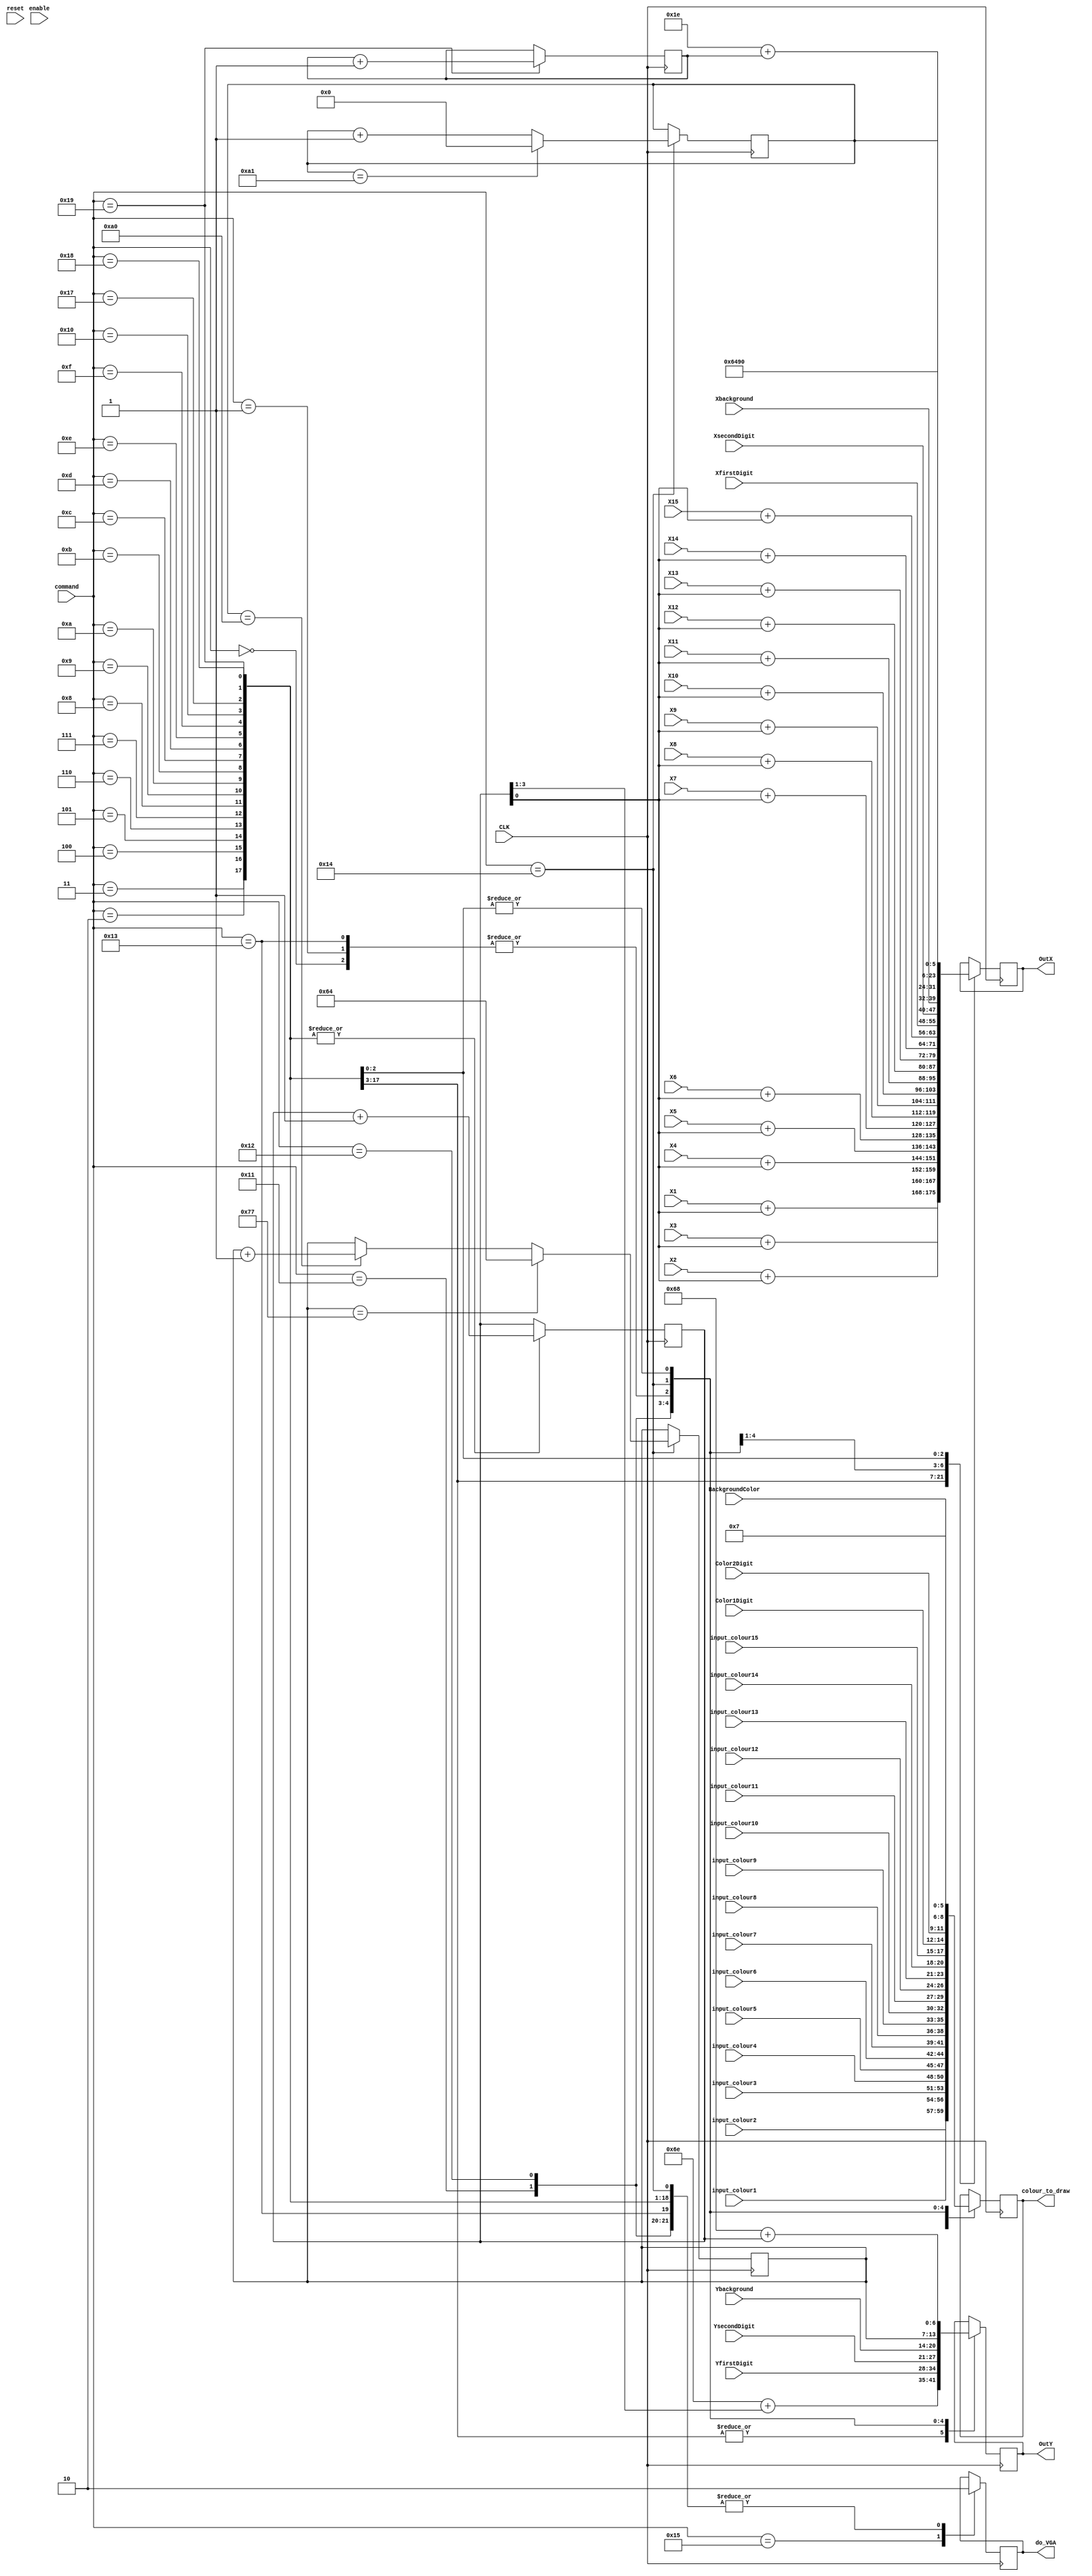

module Processor(X1,X2,X3,X4,X5,X6,X7,X8,X9,X10,X11,X12,X13,X14,X15,XfirstDigit,XsecondDigit,YfirstDigit,YsecondDigit,Color1Digit,Color2Digit,
             Xbackground,Ybackground,BackgroundColor,
             CLK,command,OutX,OutY,				 
				 input_colour1, input_colour2, input_colour3, input_colour4, input_colour5, input_colour6, input_colour7, input_colour8,
				 input_colour9, input_colour10, input_colour11, input_colour12, input_colour13, input_colour14, input_colour15,				 
				 colour_to_draw,reset,enable,do_VGA);

//----------------------------------------------------------------------------------//
	input [7:0]X1,X2,X3,X4,X5,X6,X7,X8;
	input [7:0]X9,X10,X11,X12,X13,X14,X15;
	input [7:0]XfirstDigit,XsecondDigit,Xbackground;
	input [6:0]YfirstDigit,YsecondDigit,Ybackground;
//------------------------------------------------------------------------------------//
				
	input CLK,reset,enable;
//------------------------------------------------------------------------------------//
	input [2:0]input_colour1, input_colour2, input_colour3, input_colour4, input_colour5, input_colour6, input_colour7, input_colour8;
	input [2:0]input_colour9, input_colour10, input_colour11, input_colour12, input_colour13, input_colour14, input_colour15;
	input [2:0]Color1Digit,BackgroundColor,Color2Digit;
	input [4:0]command;
//------------------------------------------------------------------------------------//
	output reg [7:0]OutX;
	output reg [6:0]OutY;
	output reg [2:0]colour_to_draw;
	output reg do_VGA;
//------------------------------------------------------------------------------------//
	reg [3:0]counter;
	reg twoBitCounter;
	reg ifclear;
	reg [7:0]tempX;
	reg [6:0]tempY;
//------------------------------------------------------------------------------------//

	always@(posedge CLK) //50MHZ//


	begin
	case(command[4:0])  

	   5'b00000:
			begin
		      do_VGA=0;
			   colour_to_draw<=BackgroundColor;
				OutX<=Xbackground;
				OutY<=Ybackground;
		   end
		
		5'b00001:
			begin
            do_VGA=0;
			   colour_to_draw<=BackgroundColor;
				OutX<=Xbackground;
				OutY<=Ybackground;
			end
       
	
		5'b00010:
			begin
			   do_VGA=0;
				colour_to_draw<=input_colour1;     
				OutX<=X1+counter[0];
				OutY<=7'b1101110+counter[3:1];
				counter<=counter+1;          
			end


		5'b00011:
			begin
			   do_VGA=0;
				colour_to_draw<=input_colour2;     
				OutX<=X2+counter[0];
				OutY<=7'b1101110+counter[3:1];
				counter<=counter+1;          
			end

		5'b00100:
			begin
			   do_VGA=0;
				colour_to_draw<=input_colour3;     
				OutX<=X3+counter[0];
				OutY<=7'b1101110+counter[3:1];
				counter<=counter+1;          
			end

		5'b00101:
			begin
			   do_VGA=0;
				colour_to_draw<=input_colour4;     
				OutX<=X4+counter[0];
				OutY<=7'b1101110+counter[3:1];
				counter<=counter+1;          
			end

		5'b00110:
			begin
			   do_VGA=0;
				colour_to_draw<=input_colour5;     
				OutX<=X5+counter[0];
				OutY<=7'b1101110+counter[3:1];
				counter<=counter+1;          
			end

		5'b00111:
			begin
			   do_VGA=0;
				colour_to_draw<=input_colour6;     
				OutX<=X6+counter[0];
				OutY<=7'b1101110+counter[3:1];
				counter<=counter+1;          
			end

		5'b01000:
			begin
			   do_VGA=0;
				colour_to_draw<=input_colour7;     
				OutX<=X7+counter[0];
				OutY<=7'b1101110+counter[3:1];
				counter<=counter+1;          
			end

		5'b01001:
			begin
			   do_VGA=0;
				colour_to_draw<=input_colour8;     
				OutX<=X8+counter[0];
				OutY<=7'b1101110+counter[3:1];
				counter<=counter+1;          
			end

		5'b01010:
			begin
			   do_VGA=0;
				colour_to_draw<=input_colour9;     
				OutX<=X9+counter[0];
				OutY<=7'b1101110+counter[3:1];
				counter<=counter+1;          
			end

		5'b01011:
			begin
			   do_VGA=0;
				colour_to_draw<=input_colour10;     
				OutX<=X10+counter[0];
				OutY<=7'b1101110+counter[3:1];
				counter<=counter+1;          
			end

		5'b01100:
			begin
			   do_VGA=0;
				colour_to_draw<=input_colour11;     
				OutX<=X11+counter[0];
				OutY<=7'b1101110+counter[3:1];
				counter<=counter+1;          
			end


		5'b01101:
			begin
			   do_VGA=0;
				colour_to_draw<=input_colour12;     
				OutX<=X12+counter[0];
				OutY<=7'b1101110+counter[3:1];
				counter<=counter+1;          
			end

		5'b01110:
			begin
			   do_VGA=0;
				colour_to_draw<=input_colour13;     
				OutX<=X13+counter[0];
				OutY<=7'b1101110+counter[3:1];
				counter<=counter+1;          
			end

		5'b01111:
			begin
			   do_VGA=0;
				colour_to_draw<=input_colour14;     
				OutX<=X14+counter[0];
				OutY<=7'b1101110+counter[3:1];
				counter<=counter+1;          
			end

		5'b10000:
			begin
			   do_VGA=0;
				colour_to_draw<=input_colour15;     
				OutX<=X15+counter[0];
				OutY<=7'b1101110+counter[3:1];
				counter<=counter+1;          
			end
			
	   5'b10001:
		   begin
			   do_VGA=0;
			   colour_to_draw<=Color1Digit;
				OutX<=XfirstDigit;
				OutY<=YfirstDigit;				
			end
		
		 5'b10010:
		   begin
			   do_VGA=0;
			   colour_to_draw<=Color2Digit;
				OutX<=XsecondDigit;
				OutY<=YsecondDigit;				
			end
		
			
		5'b10011:
		   begin
			   do_VGA=0;
			   colour_to_draw<=BackgroundColor;
				OutX<=Xbackground;
				OutY<=Ybackground;				
			end
		5'b10100:
		
		   begin
			   do_VGA=0;
				colour_to_draw<=3'b000;
				OutX<=tempX;
				OutY<=tempY;
				if(tempX == 8'b10100001)
					tempX <= 0;
				else
					tempX <= tempX + 1;

				if(tempY == 7'b1110111)
					tempY <=7'b1100100;
				else
					if (tempX == 8'b10100000)
						tempY <= tempY + 1;
				
		    end
		
		5'b10101:
		       do_VGA=1;
				 
	   5'b10110:;
		
		5'b10111:
		
			begin
			   do_VGA=0;
				colour_to_draw<=3'b111;     
				OutX<=8'b00011001;
				OutY<=7'b1101000+counter[3:0];
				counter<=counter+1;          
			end
		
		5'b11000:
			begin
			   do_VGA=0;
				colour_to_draw <= 3'b111;     
				OutX<=8'b00100100;
				OutY<=7'b1101000+counter[3:0];
				counter<=counter+1;          
			end
		
		5'b11001:
			begin
			   do_VGA=0;
				colour_to_draw<=3'b111;     
				OutX<=8'b00011110 + twoBitCounter;
				OutY<=7'b1101000+counter[3:0];
				twoBitCounter <= twoBitCounter + 1;
				counter<=counter + 1; 

			end
				 
	
		
	endcase 
	end


endmodule